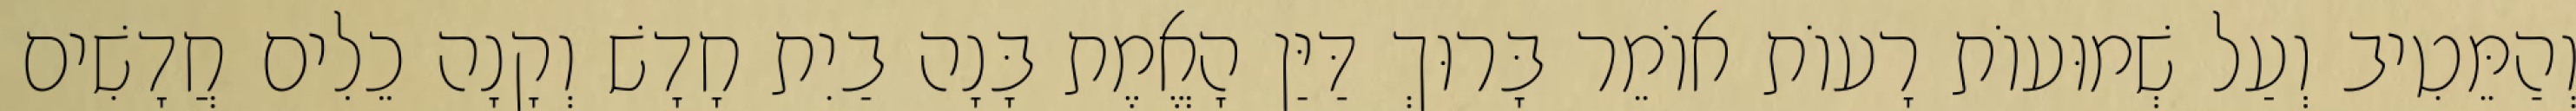
וְהַמֵּטִיב וְעַל שְׁמוּעוֹת רָעוֹת אוֹמֵר בָּרוּךְ דַּיַּן הָאֱמֶת בָּנָה בַיִת חָדָשׁ וְקָנָה כֵלִים חֲדָשִׁים